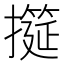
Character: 𢷩